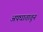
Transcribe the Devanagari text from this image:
अपघातातून